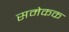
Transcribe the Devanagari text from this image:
समेकक